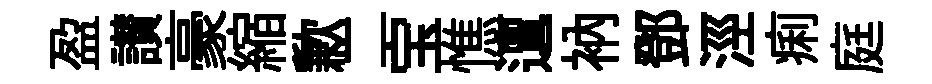
盈讃豪縮歉二宝憔邅衲鄧涇痢庭